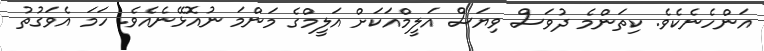
އަންހެނެކެވެ. ކިތަންމެ ދުވަސް ވިޔަސް އަލީމްއަކަށް އަލީމްގެ މަންމަ ނުއޮޅޭނެއެވެ. ހަމަ އެވަގުތު